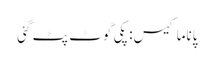
پاناما کیس: پکی گوٹ پٹ گئی